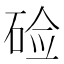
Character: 硷